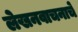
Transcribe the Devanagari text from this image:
लेखनवाचनाचे